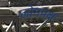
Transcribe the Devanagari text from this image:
लोमपक्ष